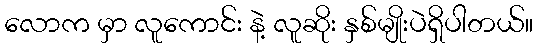
လောက မှာ လူကောင်း နဲ့ လူဆိုး နှစ်မျိုးပဲရှိပါတယ်။